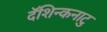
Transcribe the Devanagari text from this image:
दॅशिन्कनाटु